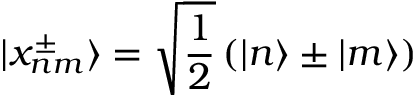
| x _ { n m } ^ { \pm } \rangle = \sqrt { \frac { 1 } { 2 } } \left( | n \rangle \pm | m \rangle \right)